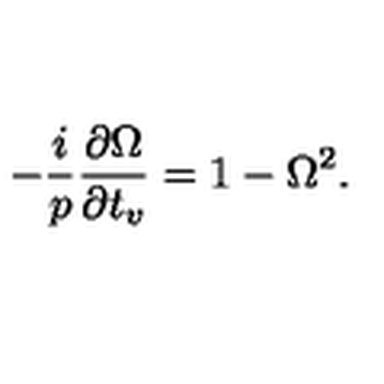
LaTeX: - \frac { i } { p } \frac { \partial \Omega } { \partial t _ { v } } = 1 - \Omega ^ { 2 } .